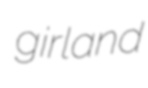
girland